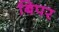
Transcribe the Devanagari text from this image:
बिपर